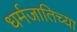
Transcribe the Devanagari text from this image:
धर्मजातिच्या